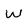
Character: W